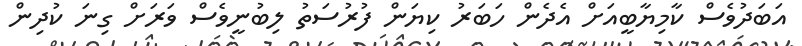
އަބަދުވެސް ކާމިޔާބީއަށް އެދެން ހަބަރު ކިޔަން ފުރުސަތު ލިބުނީވެސް ވަރަށް ގިނަ ކުދިން